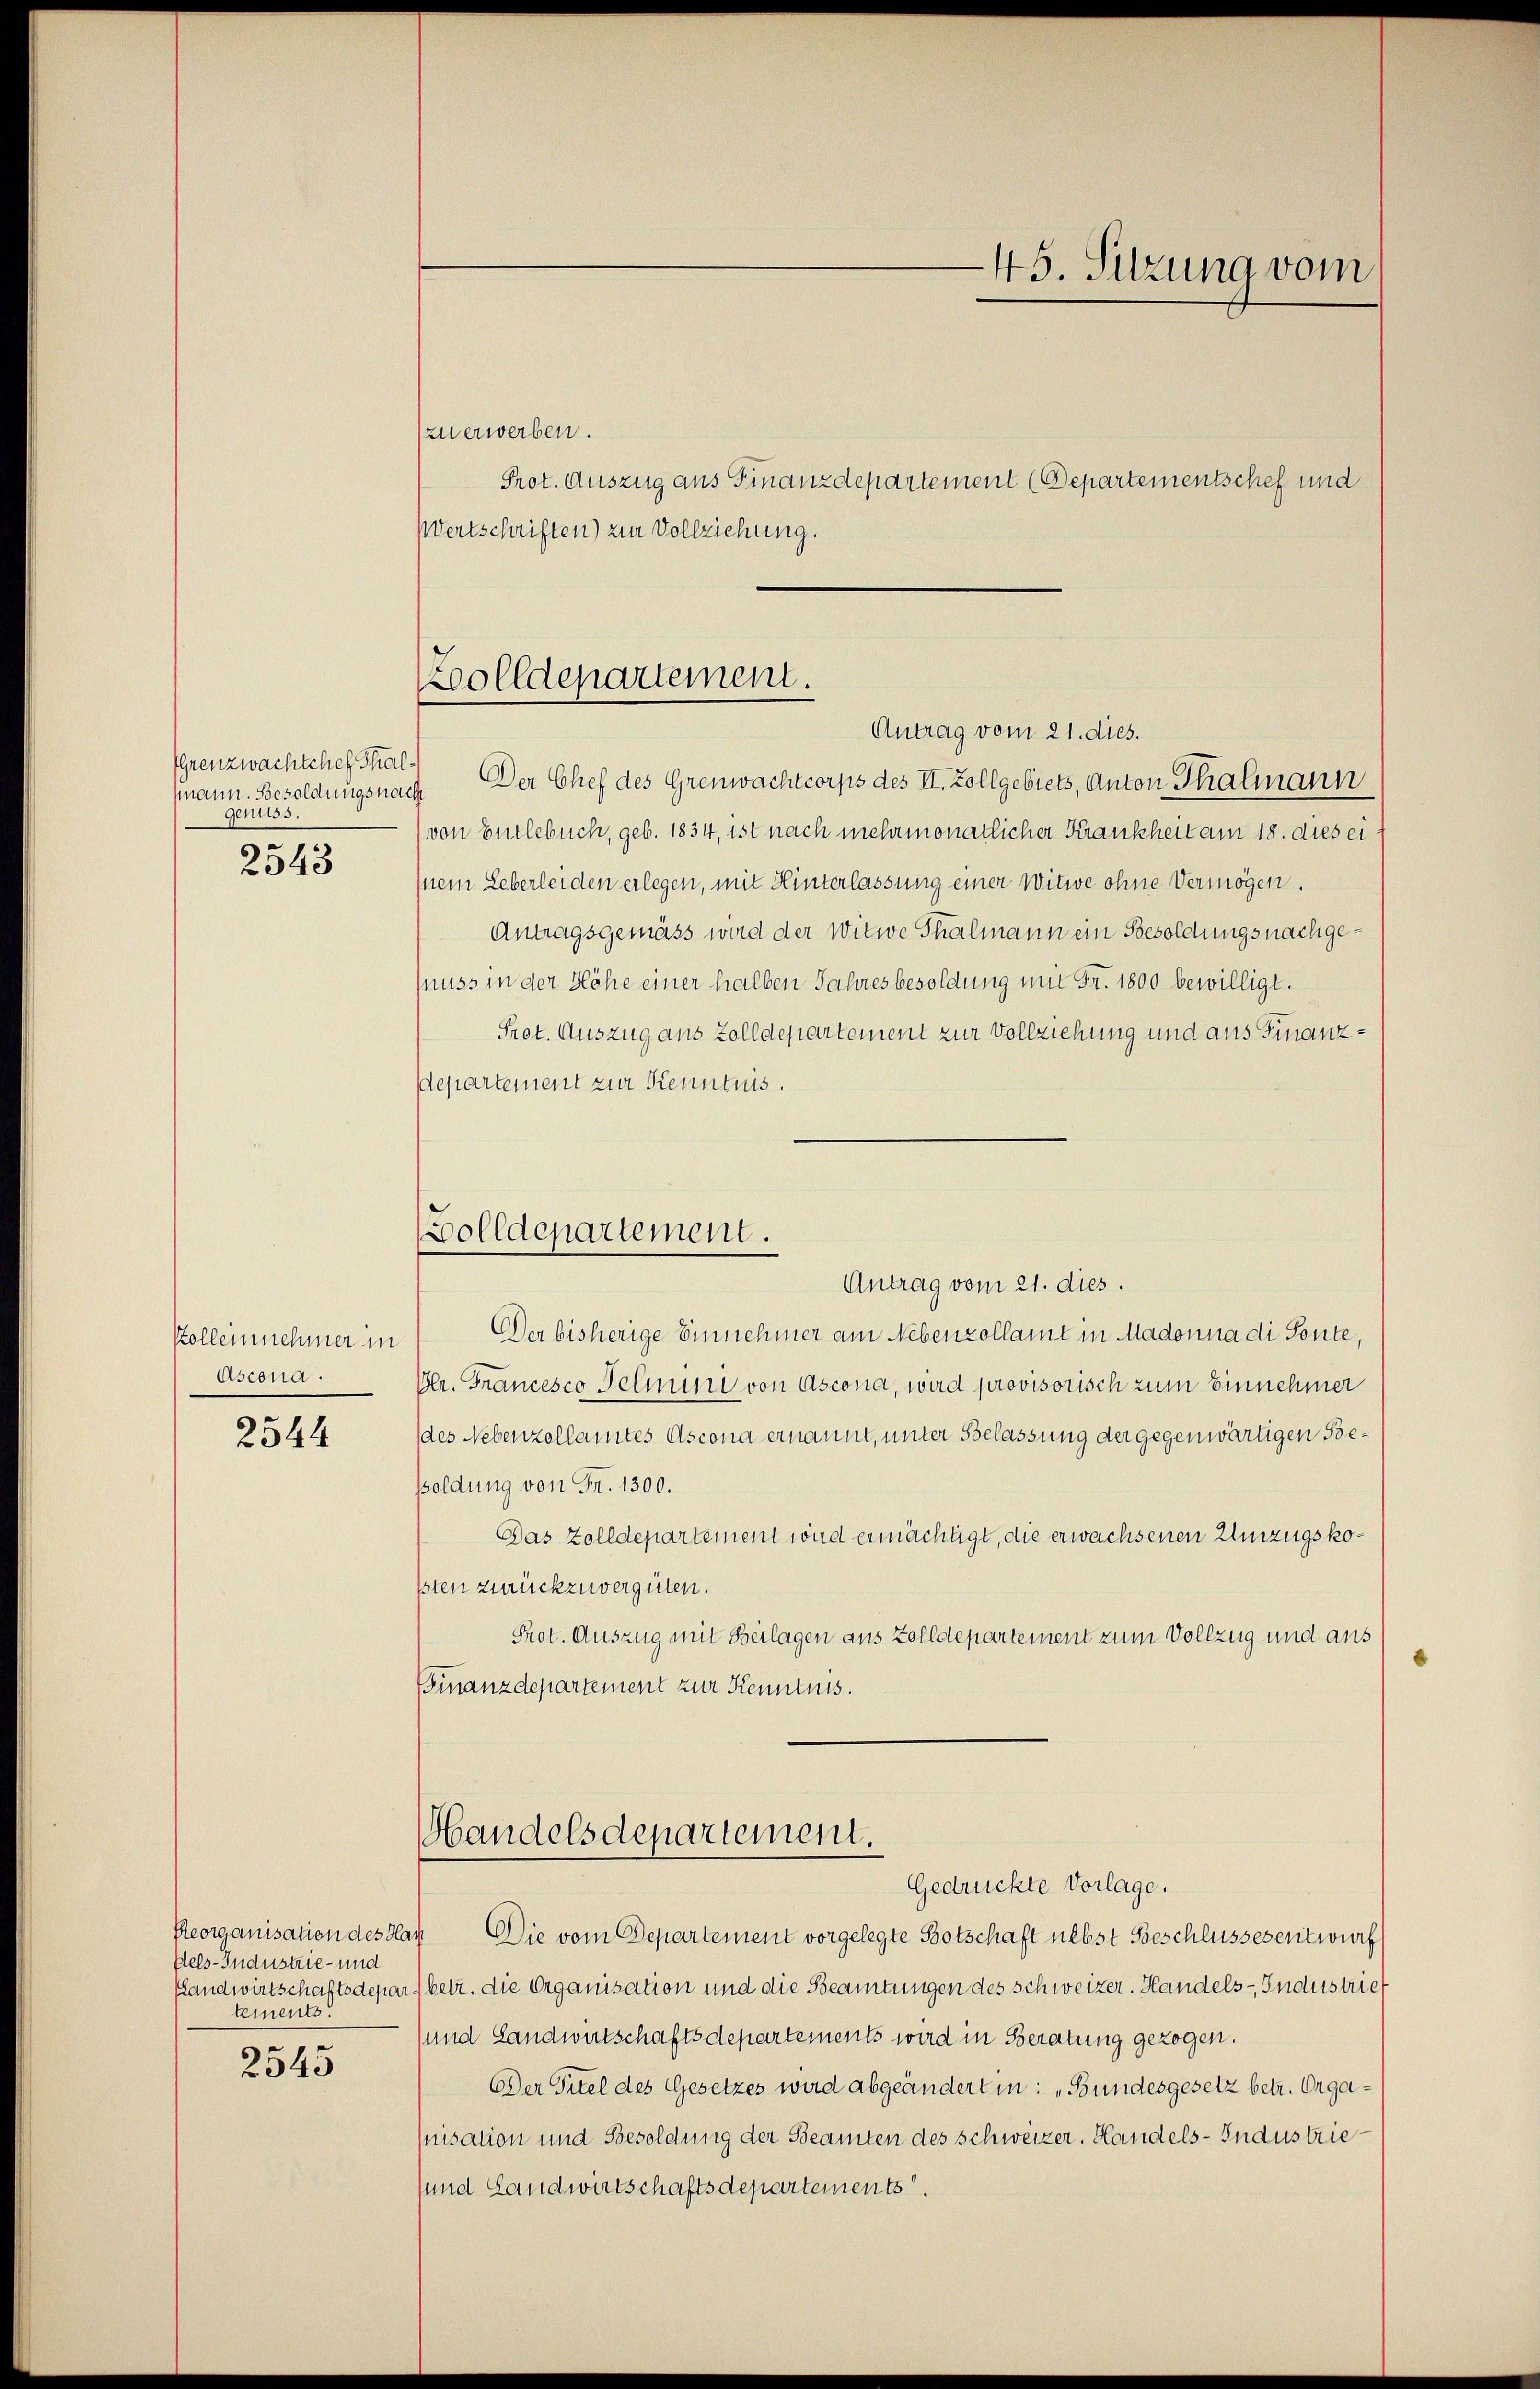
Grenzwachtchef Thalmann. Besoldungsna
genuss.
2543

Polleinehmer in
Ascona.

2544

Reorganisation des Ha
dels-Industrie- und
Handwirtschaftsdepar
tements.

2545

zuerwerben.
Wertschriften) zur Vollziehung.

Antrag vom 21. dies.
Der Chef des Grenwachtcorps des II. Zollgebiets, Anton Thalmann
von Entlebuch, geb. 1834, ist nach mehrmonatlicher Krankheit am 18. dies ei
pnein Leberleiden erlegen, mit Hinterlassung einer Witwe ohne Vermögen.
Antragsgemäss wird der Witwe Thalmann ein Besoldungsnachgenuss in der Höhe einer halben Jahresbesoldung mit Fr. 1800 bewilligt.
Prot. Auszug aus Zolldepartement zur Vollziehung und aus Finanz¬
Departement zur Kenntnis.
Der bisherige Einnehmer am Nebenzollamt in Madonna di Ponte,
Gr. Francesco Dehmung von Ascona, wird provisorisch zum Einnehmer
des Nebenzellamtes Ascona ernannt, unter Belassung der gegenwärtigen Besoldung von Fr. 1300.
Das Zolldepartement wird ermächtigt, die erwachsenen Umzugsko¬
1sten zurückzuvergüten.
Prot. Auszug mit Beilagen aus Zolldepartement zum Vollzug und aus
Finanzdepartement zur Kenntnis.
Handelsdepartement.
Gedrückte Vorlage.
 Die vom Departement vorgelegte Botschaft nebst Beschlussesentwurf
(betr. die Organisation und die Beamtungen des Schweizer. Handels- Industrief
und Landwirtschaftsdepartements wird in Beratung gezogen.
DDer Titel des Gesetzes wird abgeänderten: „Bundesgesetz betr. Organisation und Besoldung der Beamten des Schweizer. Handels-Industriesund Landwirtschaftsdepartements

Zolldepartement.

Zolldepartement.
Antrag vom 21. dies.

45. Sitzung vom
Prot. Auszug aus Finanzdepartement (Departementschef und